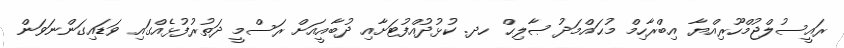
ރައީސުލްޖުމްހޫރިއްޔާ އިބްރާހިމް މުޙައްމަދު ޞާލިޙް ހދ. ކުޅުދުއްފުޓަށާއި ދުބާއީއަށް ރަސްމީ ދަތުރުފުޅެއްގައި ވަޑައިގަންނަވަން